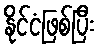
နိုင်ငံဖြစ်ပြီး